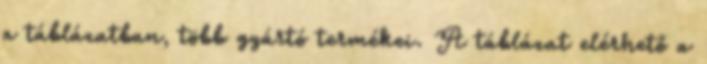
a táblázatban, több gyártó termékei. A táblázat elérhető a